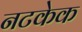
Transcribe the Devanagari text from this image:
नटकेक